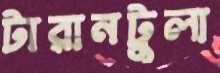
টারানটুলা